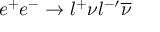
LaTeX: e ^ { + } e ^ { - } \rightarrow l ^ { + } \nu l ^ { - \prime } \overline { { { \nu } } }